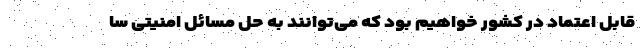
قابل اعتماد در کشور خواهیم بود که می‌توانند به حل مسائل امنیتی سا